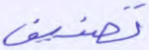
تصنيف